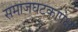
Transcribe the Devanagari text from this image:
समाजघटकांपेक्षा